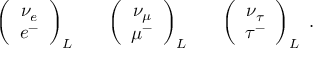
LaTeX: \left( \begin{array} { c } { { \nu _ { e } } } \\ { { e ^ { - } } } \end{array} \right) _ { L } \; \; \; \; \; \; \left( \begin{array} { c } { { \nu _ { \mu } } } \\ { { \mu ^ { - } } } \end{array} \right) _ { L } \; \; \; \; \; \; \left( \begin{array} { c } { { \nu _ { \tau } } } \\ { { \tau ^ { - } } } \end{array} \right) _ { L } \; .